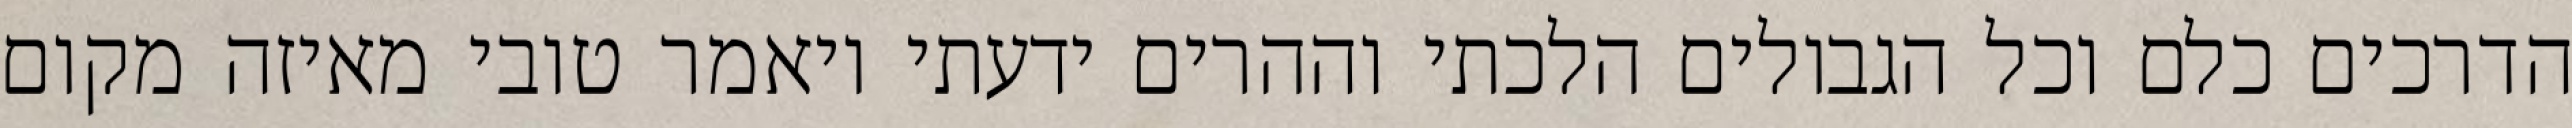
הדרכים כלם וכל הגבולים הלכתי וההרים ידעתי ויאמר טובי מאיזה מקום